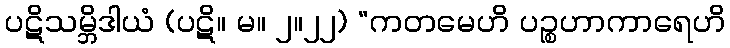
ပဋိသမ္ဘိဒါယံ (ပဋိ။ မ။ ၂။၂၂) “ကတမေဟိ ပဉ္စဟာကာရေဟိ